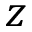
z